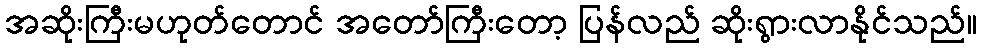
အဆိုးကြီးမဟုတ်တောင် အတော်ကြီးတော့ ပြန်လည် ဆိုးရွားလာနိုင်သည်။